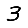
Digit: 3